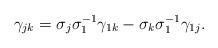
LaTeX: \begin{align*}\gamma_{jk} = \sigma_j \sigma_1^{-1} \gamma_{1k} - \sigma_k \sigma_1^{-1} \gamma_{1j}.\end{align*}